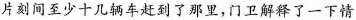
片刻间至少十几辆车赶到了那里，门卫解释了一下情